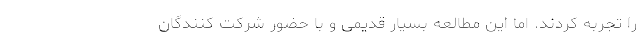
را تجربه کردند. اما این مطالعه بسیار قدیمی و با حضور شرکت کنندگان